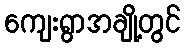
ကျေးရွာအချို့တွင်